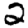
Digit: 2